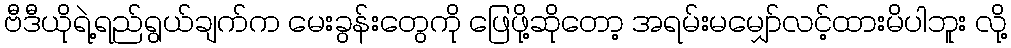
ဗီဒီယိုရဲ့ရည်ရွယ်ချက်က မေးခွန်းတွေကို ဖြေဖို့ဆိုတော့ အရမ်းမမျှော်လင့်ထားမိပါဘူး လို့